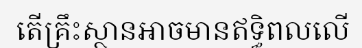
តើគ្រឹះស្ថានអាចមានឥទ្ធិពលលើ